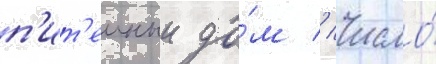
п'ит'еиныи до́м // Число́